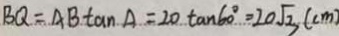
B Q = A B \tan A = 2 0 \tan 6 0 ^ { \circ } = 2 0 \sqrt { 3 } ( c m )